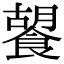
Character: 䭌